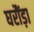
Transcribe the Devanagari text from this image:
घरौंड़ा